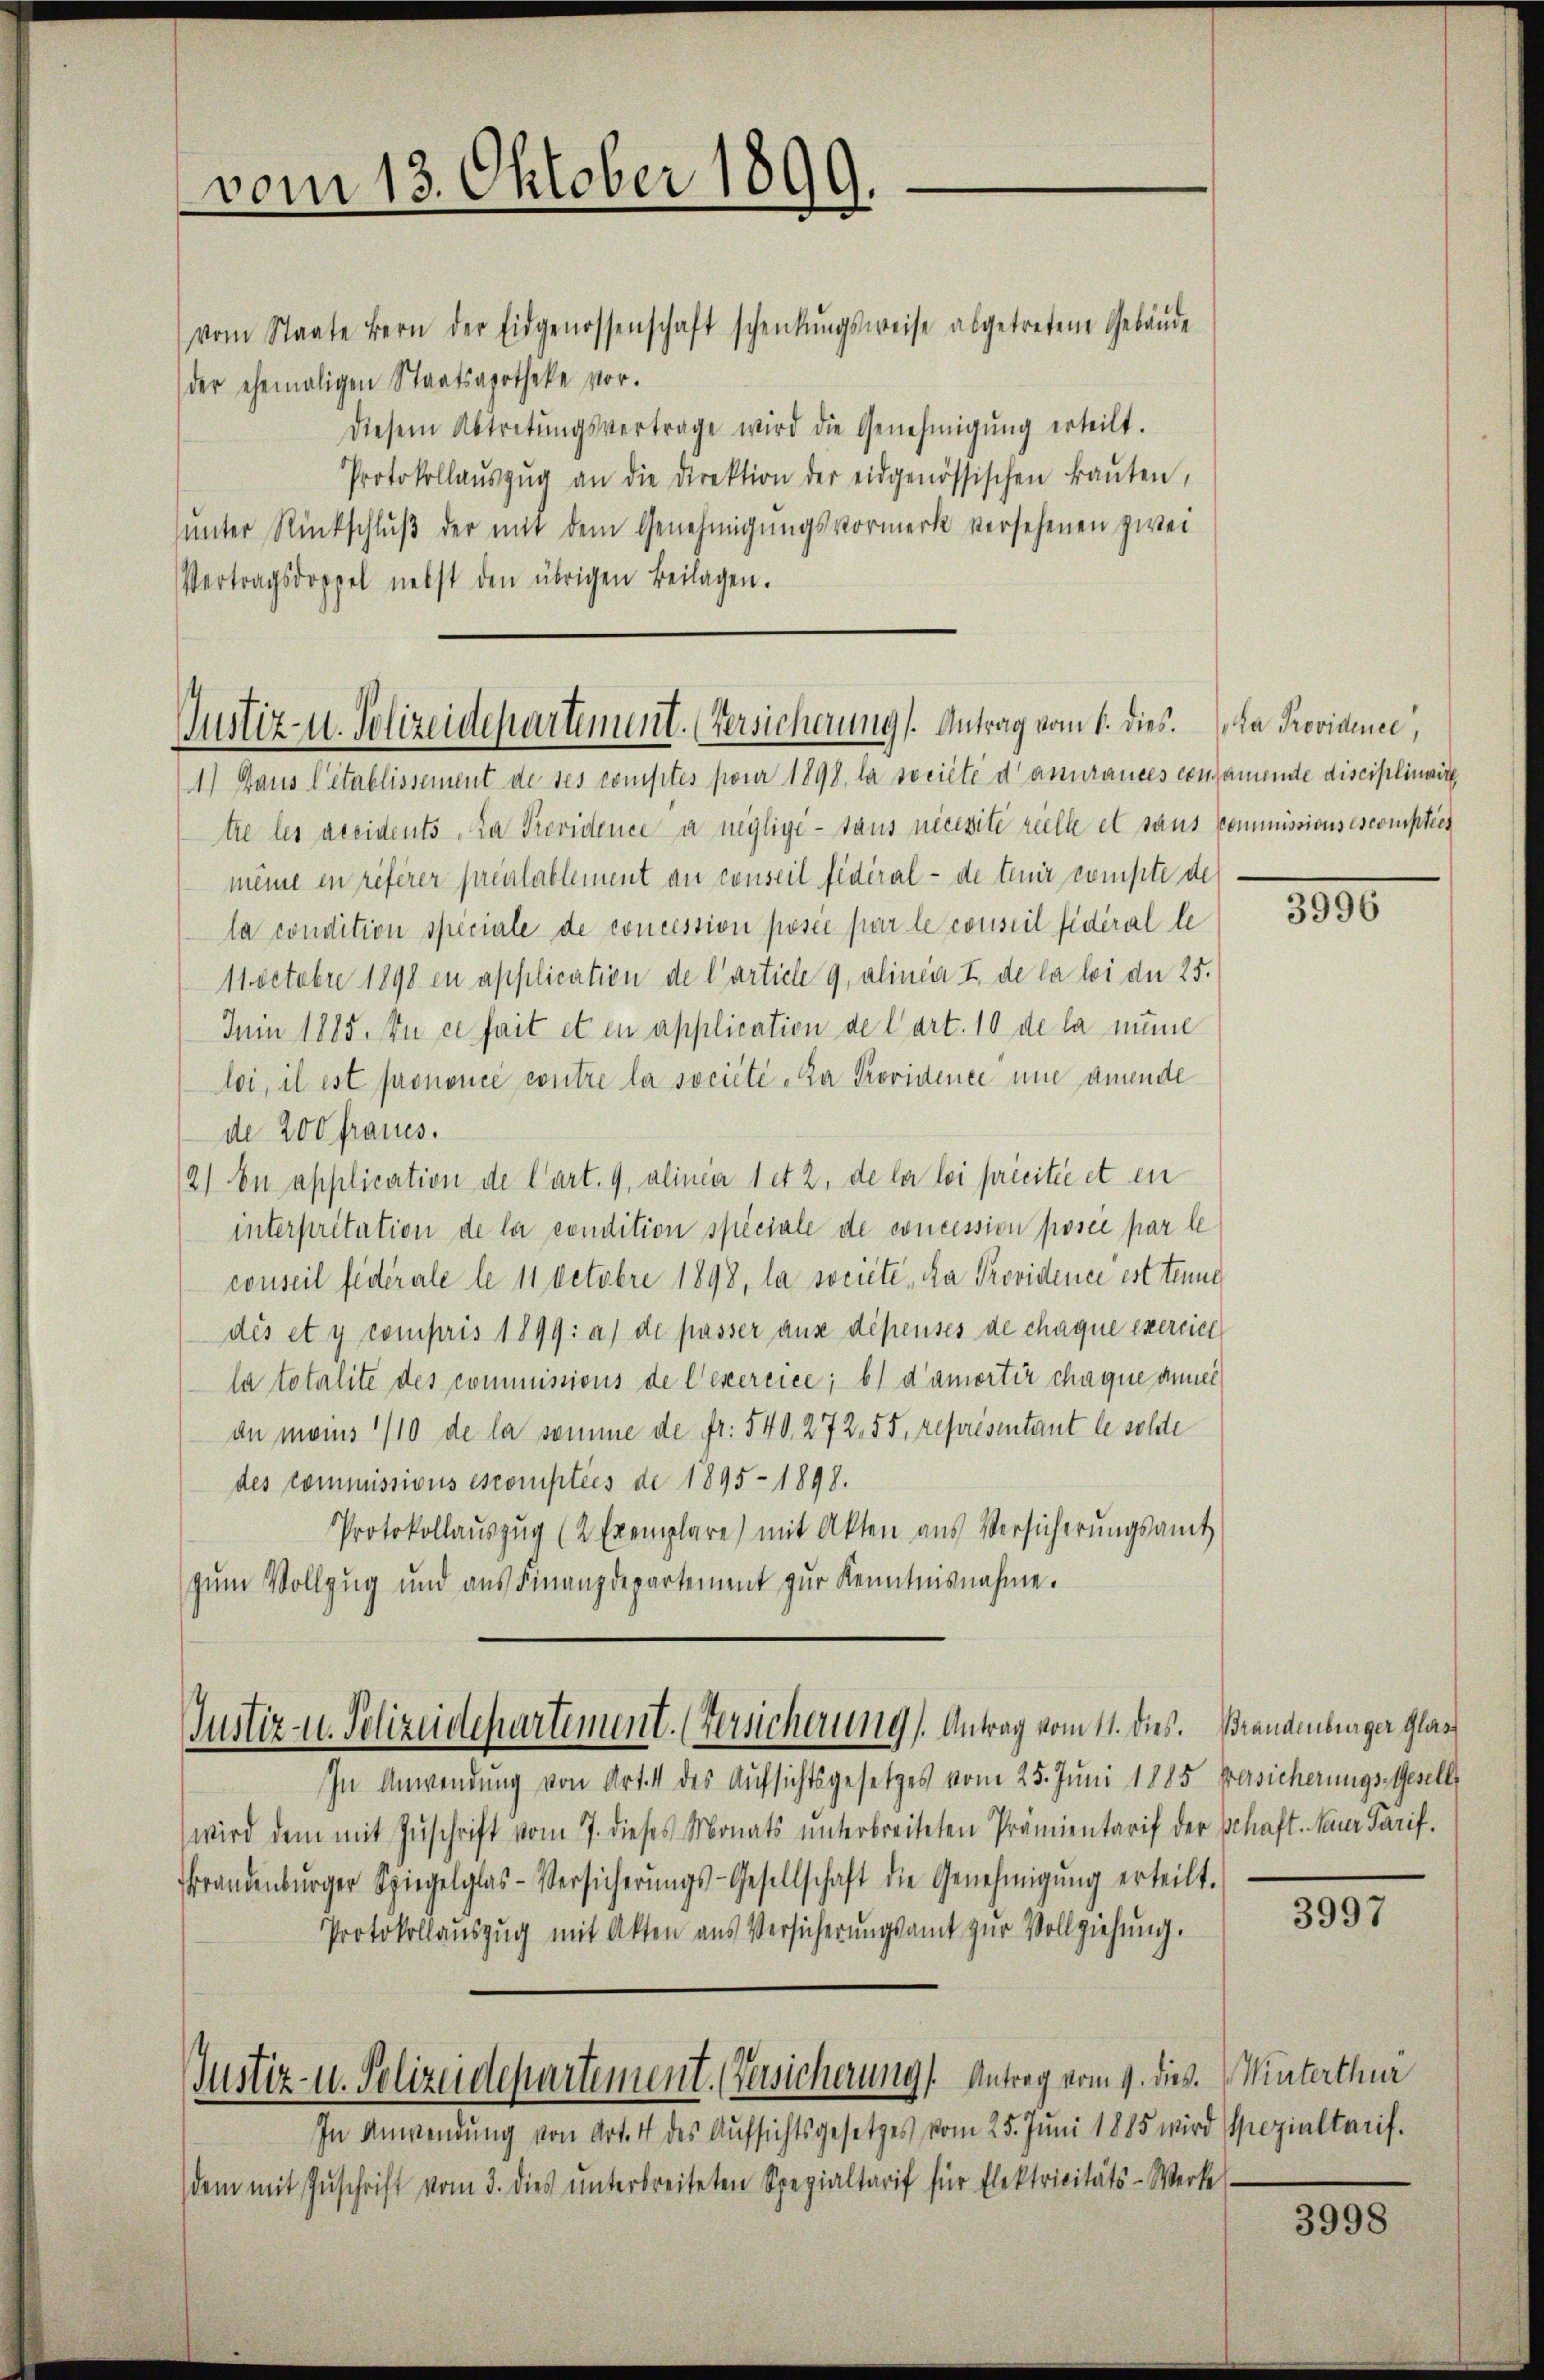
vom 13. Oktober 1899.

vom Staate Bern der Eidgenossenschaft schenkungsweise abgetretene Gebäŭde
der ehemaligen Staatsapotheke vor.
Diesem Abtretŭngsvertrage wird die Genehmigŭng erteilt.
Protokollaŭszŭg an die Direktion der eidgenössischen Baŭten,
unter Rückschlŭβ der mit dem Genehmigungsvormerk versehenen zwei
Vertragsdoppel nebst den übrigen Beilagen.

Justiz- u. Polizeidepartement. (Versicherung). Antrag vom 1. dies. Da Providence,

1) Haus Citablissement de ses comptes pour 1898, la société danurances consamende disciplinaire
tre les accidents. La Providence a neglige - taus nicesite reelle et sans commissionsescomptier
meine in referer préalablement an conseil fédéral - de tenir compte des
la condition speciale de concession posée par le conseil fideral le
11 Octobr 1898 in application de l’article 9, alinear I de la loi der 25.
Juin 1885. En ce fait et in application de Cart. 10 de la mine
loi, il est prononcé contre la société-Za Providence une amende
de 200 Fraues.
2) In application de Cart. 9, alinier 1 et 2, de la loi précitée et en
interpritation de la condition spéciale de concession posée par le
conseil fédérale le 11 Octobre 1898, la societe, da Providence est tene
dis et y compris 1899: a) de passer aus dépensés de chaque exercice
la totalite des commissions de l’exercice; b) d’amortir chaque anner
dn moins 1/10 de la somme de fr. 540, 272. 55, représentant le solde
des commissions escomptées de 1895 - 1898.
Protokollaŭszŭg (2 Exemplare) mit Akten aus Versicherŭngsamt
zum Vollzug und aus Finanzdepartement zur Kenntnisnahme.

Justiz- u. Polizeidepartement. (Versicherung Antrag vom 11. dies. Brandenburger Glas

In Anwendung von Art. 4 des Aufsichtsgesetzes vom 25. Juni 1885 versicherungs-Gesell
wird dem mit Zuschrift vom 7. dieses Monats unterbreiteten Prämientarif der schaft. Neuer Tarif.
Brandenbŭrger Spiegelglas-Versicherŭngs-Gesellschaft die Genehmigŭng erteilt.
Protokollaŭszŭg mit Akten aus Versicherŭngsamt zŭr Vollziehung.
Justiz- u. Polizeidepartement. (Versicherung. Antrag vom 9. dies. Winterthur
In Anwendung von Art. 4 des Aufsichtsgesetzes vom 25. Juni 1885 wird spezialtarif.
dem mit Zŭschrift vom 3. dies ŭnterbreiteten Spezialtarif für Elektricitäts-Werke

390

3997

3998